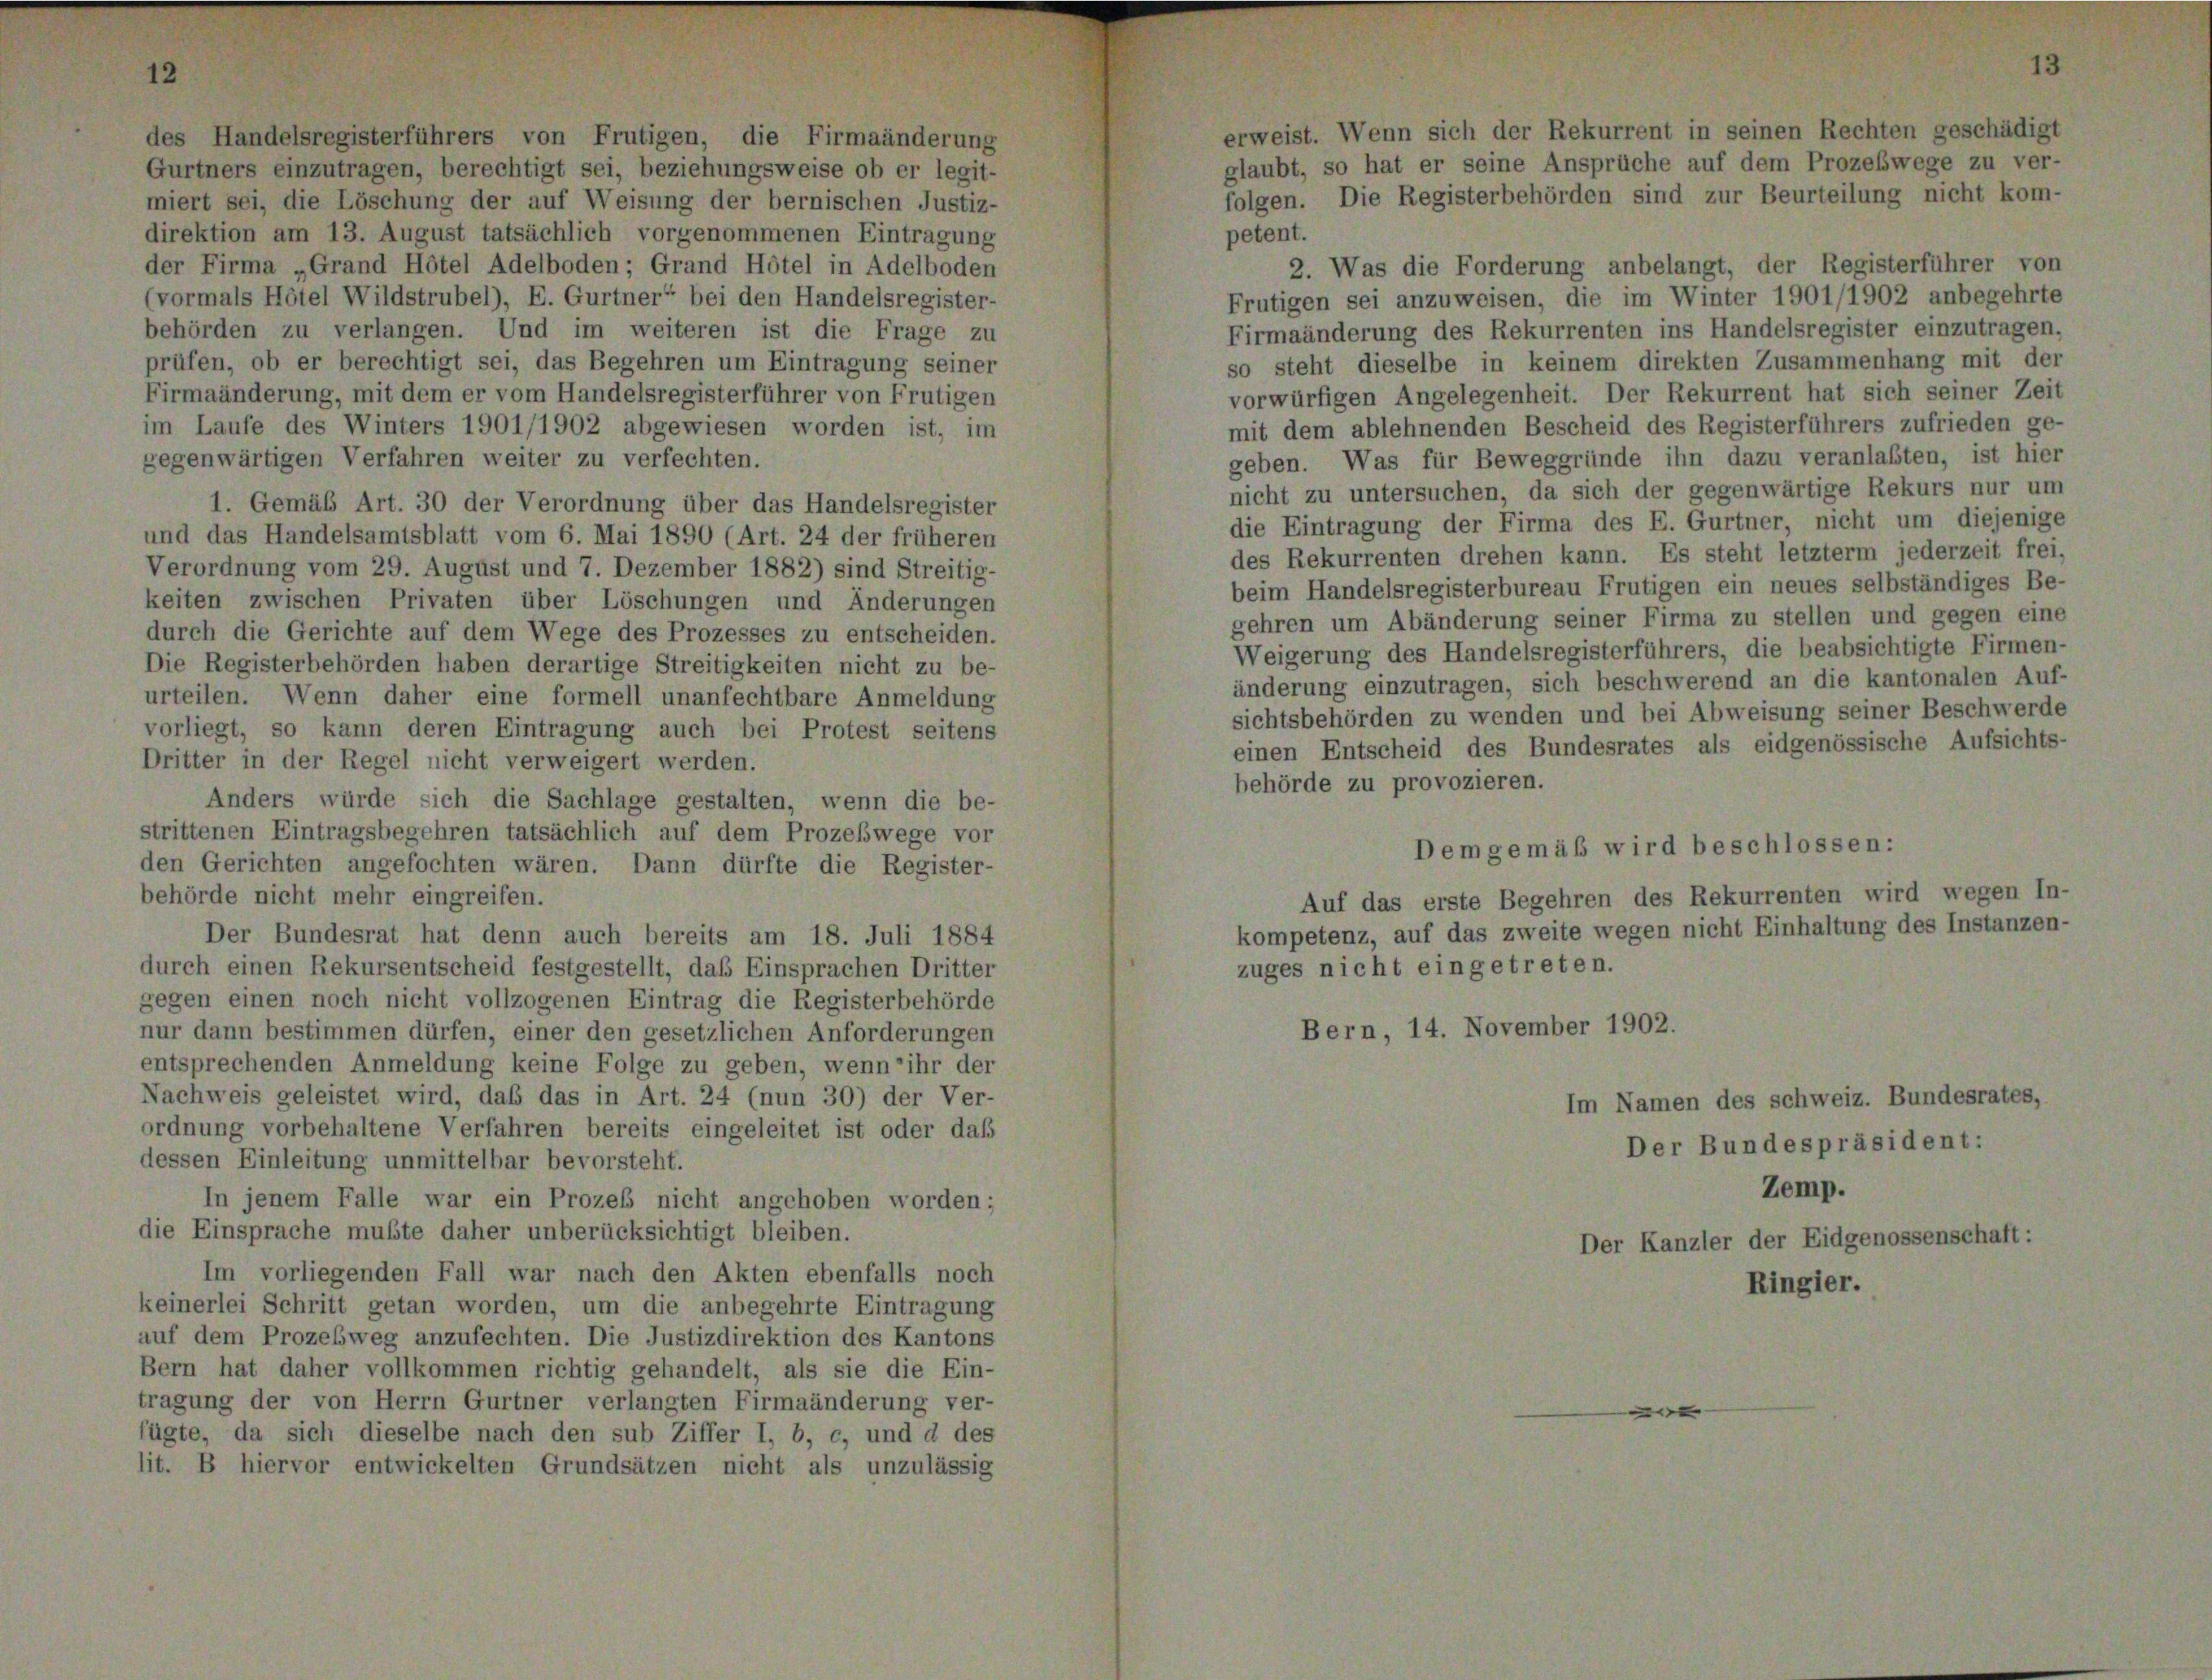
des Handelsregisterführers von Frutigen, die Firmaänderung
Gurtners einzutragen, berechtigt sei, beziehungsweise ob er legit-
miert sei, die Löschung der auf Weisung der bernischen Justiz-
direktion am 13. August tatsächlich vorgenommenen Eintragung
der Firma „Grand Hôtel Adelboden; Grand Hotel in Adelboden
(vormals Hôtel Wildstrubel), E. Gurtner“ bei den Handelsregister-
behörden zu verlangen. Und im weiteren ist die Frage zu
prüfen, ob er berechtigt sei, das Begehren um Eintragung seiner
Firmaänderung, mit dem er vom Handelsregisterführer von Frutigen
im Laufe des Winters 1901/1902 abgewiesen worden ist, im
gegenwärtigen Verfahren weiter zu verfechten.
1. Gemäß Art. 30 der Verordnung über das Handelsregister
und das Handelsamtsblatt vom 6. Mai 1890 (Art. 24 der früheren
Verordnung vom 29. August und 7. Dezember 1882) sind Streitig-
keiten zwischen Privaten über Löschungen und Änderungen
durch die Gerichte auf dem Wege des Prozesses zu entscheiden.
Die Registerbehörden haben derartige Streitigkeiten nicht zu be-
urteilen. Wenn daher eine formell unanfechtbare Anmeldung
vorliegt, so kann deren Eintragung auch bei Protest seitens
Dritter in der Regel nicht verweigert werden.
Anders würde sich die Sachlage gestalten, wenn die be-
strittenen Eintragsbegehren tatsächlich auf dem Prozeßwege vor
den Gerichten angefochten wären. Dann dürfte die Register-
behörde nicht mehr eingreifen.
Der Bundesrat hat denn auch bereits am 18. Juli 1884
durch einen Rekursentscheid festgestellt, daß Einsprachen Dritter
gegen einen noch nicht vollzogenen Eintrag die Registerbehörde
nur dann bestimmen dürfen, einer den gesetzlichen Anforderungen
entsprechenden Anmeldung keine Folge zu geben, wenn ihr der
Nachweis geleistet wird, daß das in Art. 24 (nun 30) der Ver-
ordnung vorbehaltene Verfahren bereits eingeleitet ist oder daß
dessen Einleitung unmittelbar bevorsteht.
In jenem Falle war ein Prozes nicht angehoben worden;
die Einsprache mußte daher unberücksichtigt bleiben.
Im vorliegenden Fall war nach den Akten ebenfalls noch
keinerlei Schritt getan worden, um die anbegehrte Eintragung
auf dem Prozeßweg anzufechten. Die Justizdirektion des Kantons
Bern hat daher vollkommen richtig gehandelt, als sie die Ein-
tragung der von Herrn Gurtner verlangten Firmaänderung ver-
fügte, da sich dieselbe nach den sub Ziffer I, b, c, und d des
lit. B hiervor entwickelten Grundsätzen nicht als unzulässig

eist. Wenn sich der Rekurrent in seinen Rechten geschädig
bt, so hat er seine Ansprüche auf dem Prozeswege zu ver
en. Die Registerbehörden sind zur Beurteilung nicht kon

2. Was die Forderung anbelangt, der Registerführer von
Frutigen sei anzuweisen, die im Winter 1901/1902 anbegehrte
Firmaänderung des Rekurrenten ins Handelsregister einzutragen,
so steht dieselbe in keinem direkten Zusammenhang mit der
vorwürfigen Angelegenheit. Der Rekurrent hat sich seiner Zeit
mit dem ablehnenden Bescheid des Registerführers zufrieden ge-
geben. Was für Beweggründe ihn dazu veranlaßten, ist hier
nicht zu untersuchen, da sich der gegenwärtige Rekurs nur um
die Eintragung der Firma des E. Gurtner, nicht um diejenige
des Rekurrenten drehen kann. Es steht letzter jederzeit frei,
beim Handelsregisterbureau Frutigen ein neues selbständiges Be-
gehren um Abänderung seiner Firma zu stellen und gegen eine
Weigerung des Handelsregisterführers, die beabsichtigte Firmen-
änderung einzutragen, sich beschwerend an die kantonalen Auf-
sichtsbehörden zu wenden und bei Abweisung seiner Beschwerde
einen Entscheid des Bundesrates als eidgenössische Aufsichts-
behörde zu provozieren.
Demgemäß wird beschlossen:
Auf das erste Begehren des Rekurrenten wird wegen In-
kompetenz, auf das zweite wegen nicht Einhaltung des Instanzen-
zuges nicht eingetreten.
Bern, 14. November 1902.

amen des Schweiz. Bu
Der Bundespräsident